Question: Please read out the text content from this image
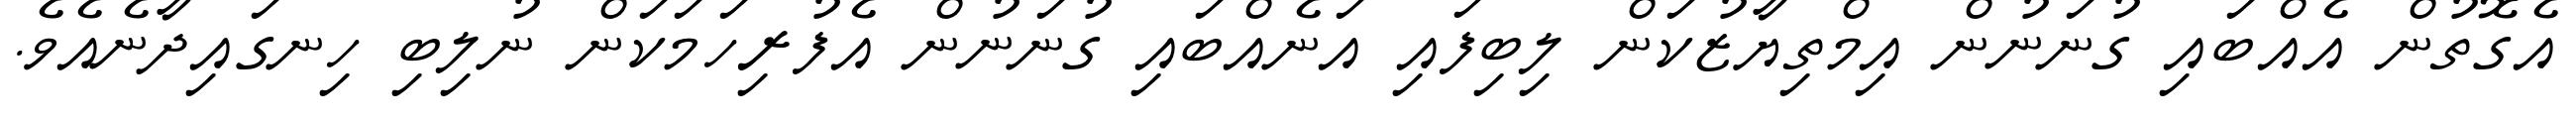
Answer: އެގޮތުން އެއްބައި ގުނަނުން އިމްތިޔާޒުކަން ލިބިފައި އަނެއްބައި ގުނަނުން އެފުރިހަމަކަން ނުލިބި ހިނގައިދާނެއެވެ.